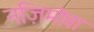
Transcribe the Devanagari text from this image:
नज़िमोवा